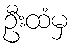
ဦးထံမှ